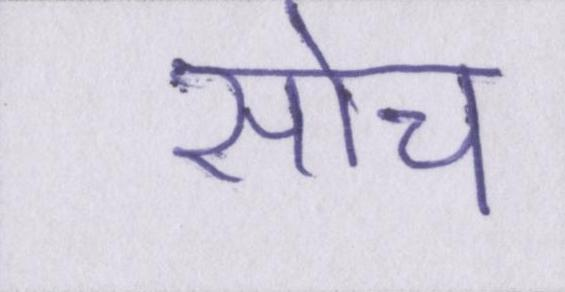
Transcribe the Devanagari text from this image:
सोच